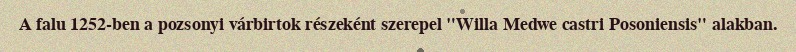
A falu 1252-ben a pozsonyi várbirtok részeként szerepel "Willa Medwe castri Posoniensis" alakban.